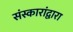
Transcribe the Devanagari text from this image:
संस्कारांद्वारा